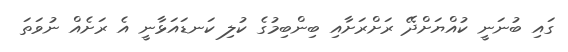
ގައި ބުނަނީ ކުއްޔަށްދޭ ރަށްރަށާއި ބިންބިމުގެ ކުލި ކަނޑައަޅާނީ އެ ރަށެއް ނުވަތަ